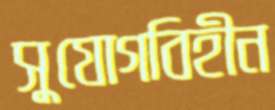
সুযোগবিহীন